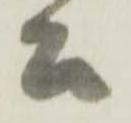
公